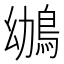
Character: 鴢